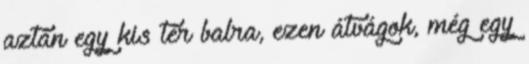
aztán egy kis tér balra, ezen átvágok, még egy